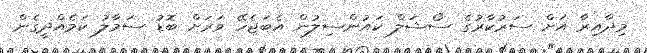
މިދާއިރާ އަށް ސަރުކާރުގެ ސޯޝަލް ކައުންސިލުން އެބަޖެހޭ ވަރަށް ބޮޑު ސަމާލު ކަމެއްދީގެން